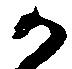
か